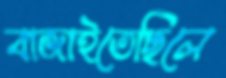
বাজাইতেছিলে